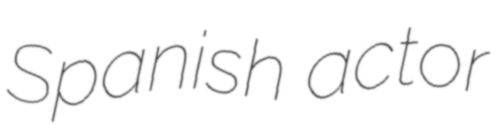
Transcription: Spanish actor